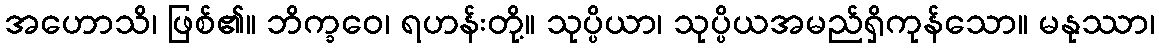
အဟောသိ၊ ဖြစ်၏။ ဘိက္ခဝေ၊ ရဟန်းတို့။ သုပ္ပိယာ၊ သုပ္ပိယအမည်ရှိကုန်သော။ မနုဿာ၊